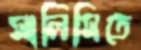
সালিসিতে